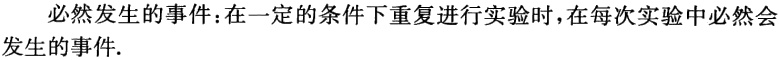
必然发生的事件：在一定的条件下重复进行实验时，在每次实验中必然会发生的事件.